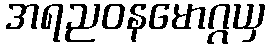
အရညဝနမောဂ္ဂယှ